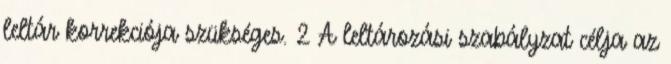
leltár korrekciója szükséges. 2 A leltározási szabályzat célja az